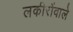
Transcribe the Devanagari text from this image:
लकीरोंवाले